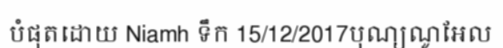
បំផុតដោយ Niamh ទឹក 15/12/2017បុណ្យណូអែល